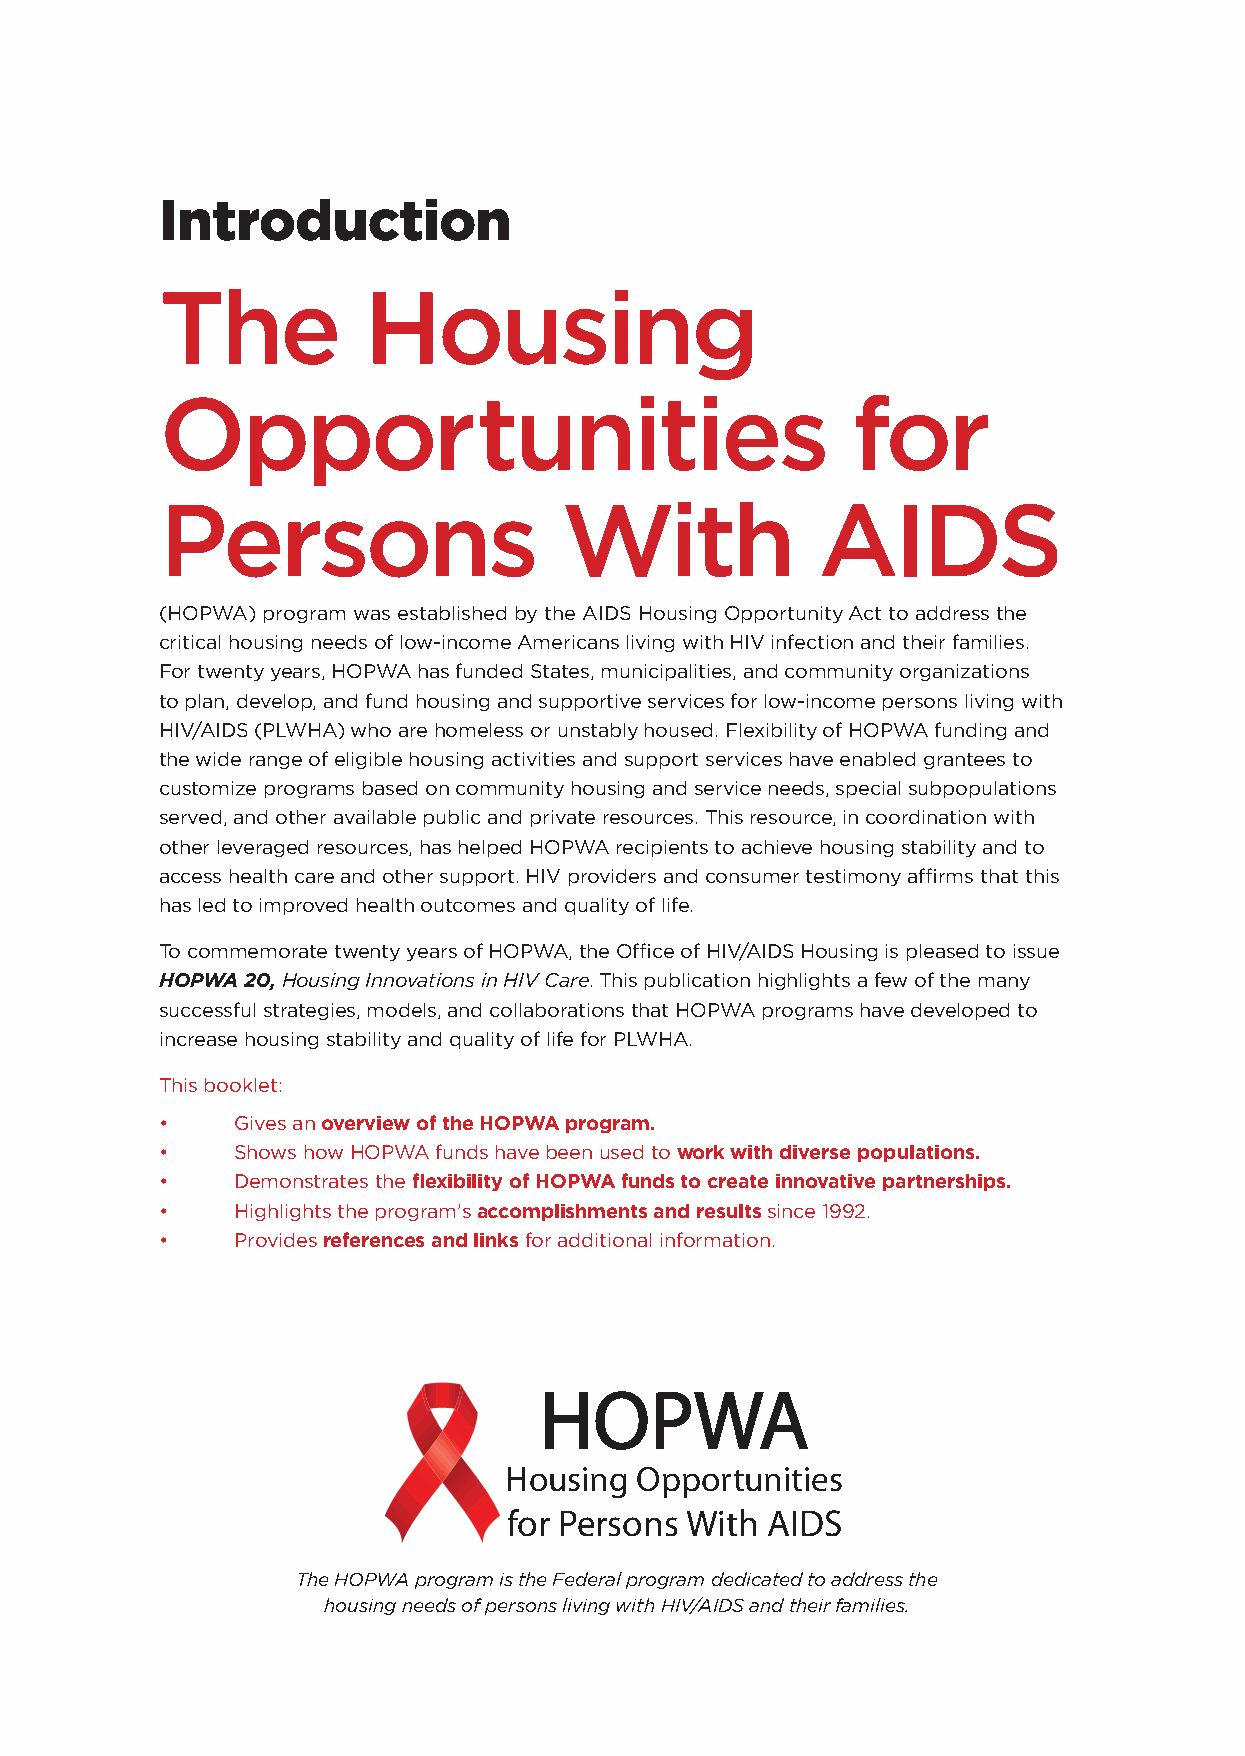
Introduction
 The          Housing
 Opportunities                                for
 Persons                   With             AIDS
 (HOPWA) program was established by the AIDS Housing Opportunity Act to address the
 critical housing needs of low-income Americans living with HIV infection and their families.
 For twenty years, HOPWA has funded States, municipalities, and community organizations
 to plan, develop, and fund housing and supportive services for low-income persons living with
 HIV/AIDS (PLWHA) who are homeless or unstably housed. Flexibility of HOPWA funding and
 the wide range of eligible housing activities and support services have enabled grantees to
 customize programs based on community housing and service needs, special subpopulations
 served, and other available public and private resources. This resource, in coordination with
 other leveraged resources, has helped HOPWA recipients to achieve housing stability and to
 access health care and other support. HIV providers and consumer testimony affirms that this
 has led to improved health outcomes and quality of life.
 To commemorate twenty years of HOPWA, the Office of HIV/AIDS Housing is pleased to issue
 HOPWA 20, Housing Innovations in HIV Care. This publication highlights a few of the many
 successful strategies, models, and collaborations that HOPWA programs have developed to
 increase housing stability and quality of life for PLWHA.
 This booklet:
 •    Gives an overview of the HOPWA program.
 •    Shows how HOPWA funds have been used to work with diverse populations.
 •    Demonstrates the flexibility of HOPWA funds to create innovative partnerships.
 •    Highlights the program’s accomplishments and results since 1992.
 •    Provides references and links for additional information.
 HOPWA
 Housing  Opportunities
 for Persons With AIDS
 The HOPWA program is the Federal program dedicated to address the
 housing needs of persons living with HIV/AIDS and their families.